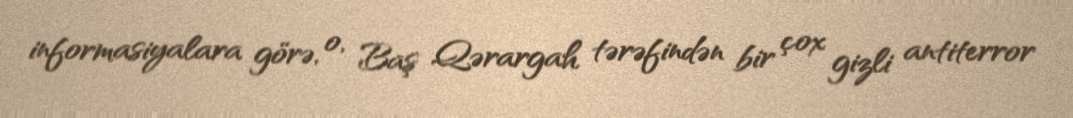
informasiyalara görə, o, Baş Qərargah tərəfindən bir çox gizli antiterror